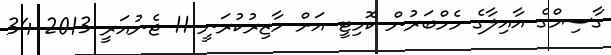
ގާސިމްގެ އާއިލާގެ މެމްބަރުން ކޮމިޓީ އަށް ހާޒިރުކުރަނީ 11 ޖެނުއަރީ 2013 34